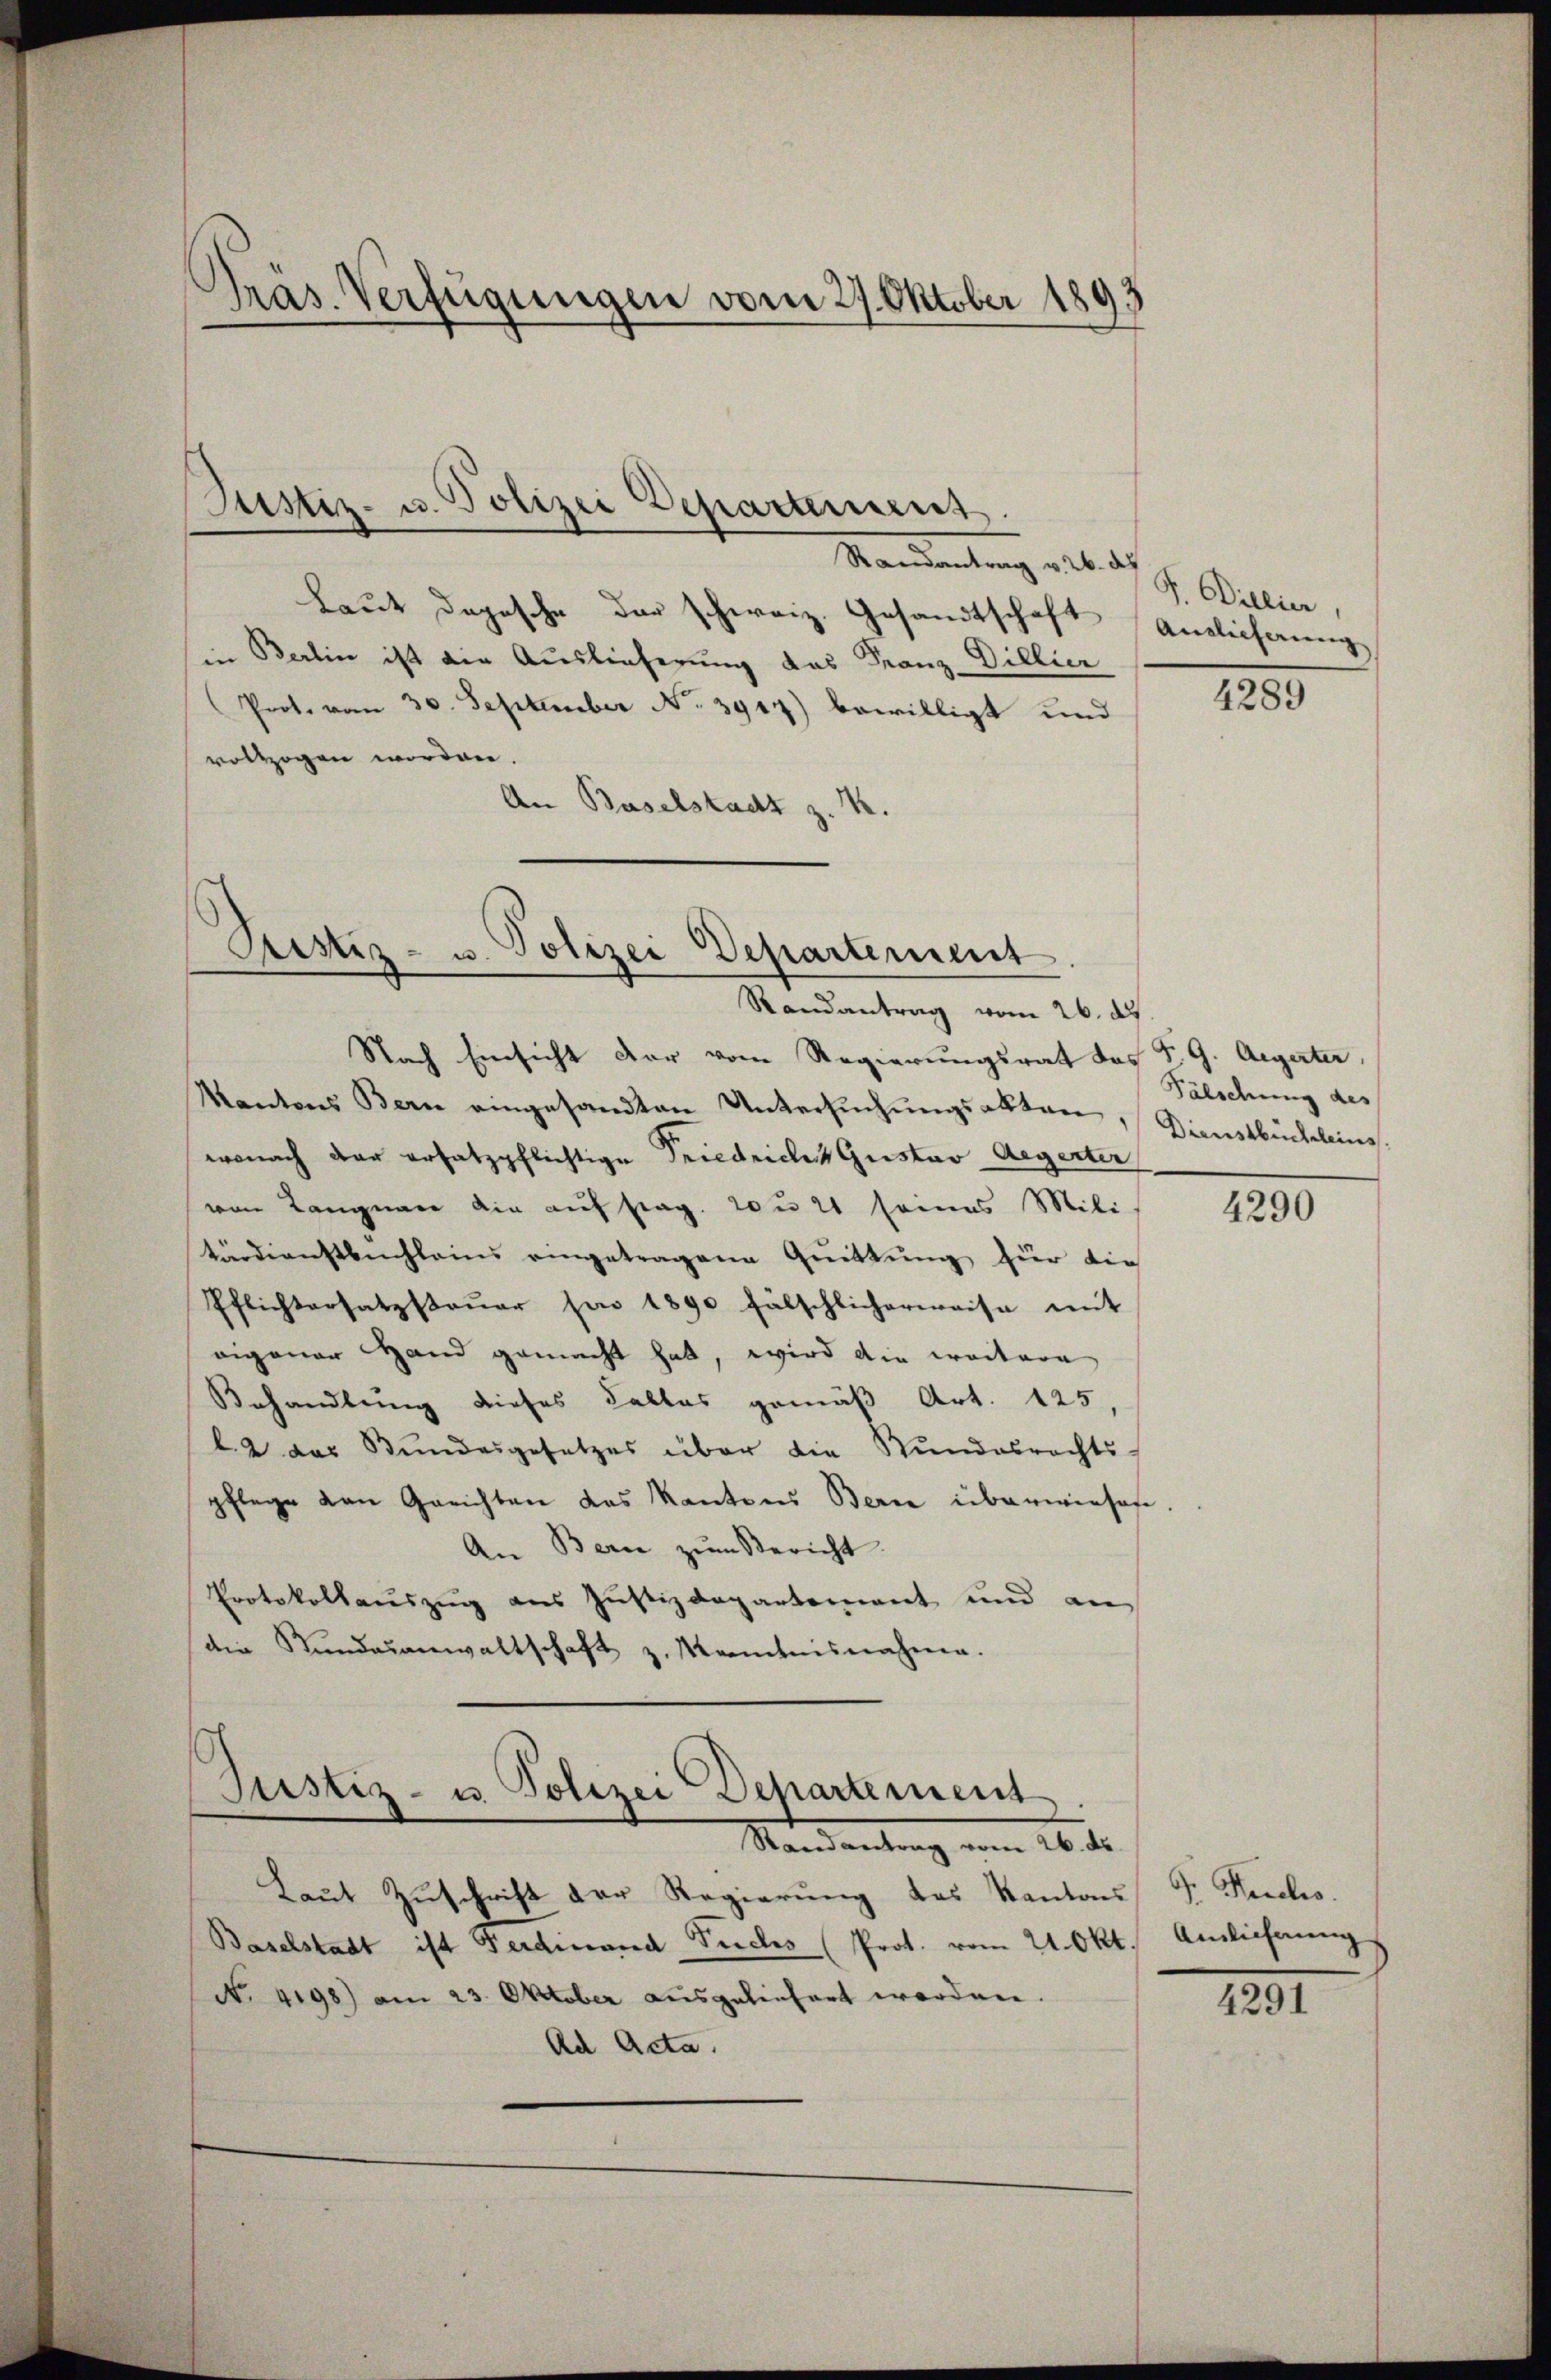
Präs. Verfügungen vom 27. Oktober 189
d

Justiz- u. Polizei Departement.
Mandantung des d

Laut Depesche der schweiz. Gesandtschaft
in Berlin ist die Auslieferung das Franz-Dillier
Prot. vom 30. September No. 3917) bewilligt und
vollzogen worden.
An Baselstadt z.

Pristiz- u. Polizei Departement
Randantrag vom 26. d.

Justiz- u. Polizei Departement
Randantrag vom 26. ds.

Nach Einsicht der vom Regierungsrat das P. G. Aegerter,
Kantons Bern eingesandten Untersuchungsakten, Sienstbüchelling
wonach der ersatzpflichtige Friedriches Gustav Aegerter
von Langnare die auf stag. 20 u. 21 seines Mili
tärdienstbuchleins eingetragene Guittung für die
Pflichtersatzsteŭer son 1890 fälschlicherweise mit
eigener Hand gemacht hat, wird die weitere
Behandlung dieses Falles gemäß Art. 125,
b2 das Stundesgesetzes über die Stŭndesrechts-
pflege von Gerichten das Kantons Berne überwinsofe
An Bern zŭm Bericht.
Protokollauszug aus Justizdepartement und an
(die Stundesanwaltschaft z. Kenntnisnahme.

Laut Zuschrift der Regierung des Kantons G. Fuchs.
Baselstadt ist Ferdinand Fuchs (Prot. vom 21. Okt. Auslieferung
No. 4198) am 23. Oktober ausgeliefert worden.
Ad Acta.

P. Billier,
Auslieferung

4289

Fälschung des

4290

4291